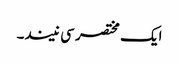
ایک مختصر سی نیند۔